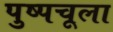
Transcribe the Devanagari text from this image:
पुष्पचूला